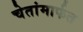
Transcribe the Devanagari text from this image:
चेतांमार्फत